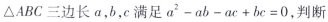
△ABC三边长a，b，c满足$$a ^ { 2 } - a b - a c + b c = 0$$，判断